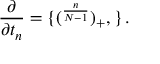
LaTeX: \frac { \partial \L } { \partial t _ { n } } = \{ ( \L ^ { \frac { n } { N - 1 } } ) _ { + } , \L \} \, .